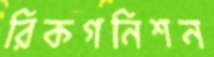
রিকগনিশন